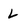
Character: L